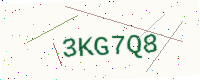
Text: 3KG7Q8